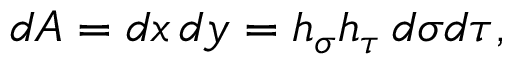
d A = d x \, d y = h _ { \sigma } h _ { \tau } \, d \sigma d \tau ,